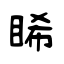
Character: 睎